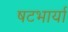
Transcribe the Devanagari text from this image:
षटभार्या